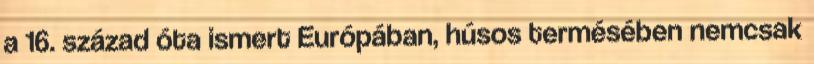
a 16. század óta ismert Európában, húsos termésében nemcsak